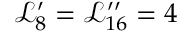
\mathcal { L } _ { 8 } ^ { \prime } = \mathcal { L } _ { 1 6 } ^ { \prime \prime } = 4